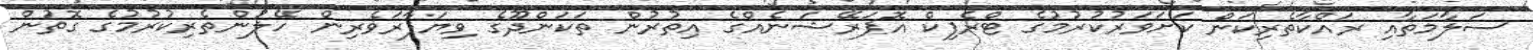
ސަލާމަތާއި ރައްކާތެރިކަން ކަށަވަރުކުރުމުގެ ޓްރެފިކް އޮަޮޕަރޭޝަނެއްގެ އިތުރުން ތަކަންދޫގެ ވިޔަފާރަވެރިން ހޭލުންތެރިކުރުމުގެ ގޮތުން